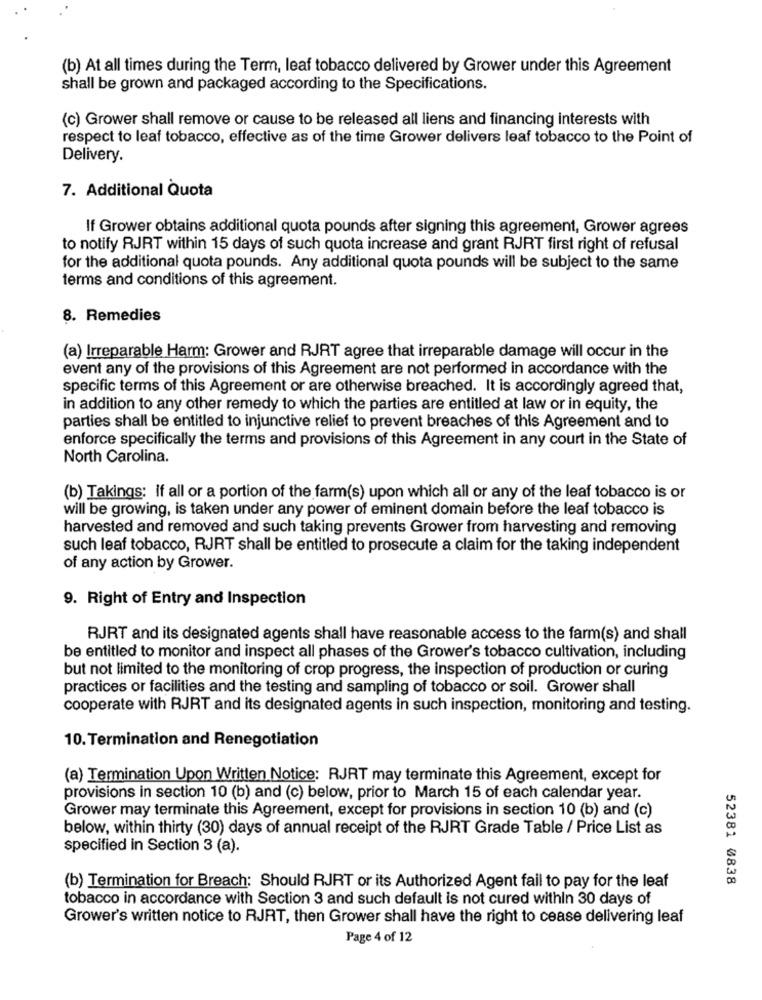
(b) At all times during the Term, leaf tobacco delivered by Grower under this Agreement
shall be grown and packaged according to the Specifications.
(c) Grower shall remove or cause to be released all liens and financing interests with
respect to leaf tobacco, effective as of the time Grower delivers leaf tobacco to the Point of
Delivery.
7. Additional Quota
If Grower obtains additional quota pounds after signing this agreement, Grower agrees
to notify RJRT within 15 days of such quota increase and grant RJRT first right of refusal
for the additional quota pounds. Any additional quota pounds will be subject to the same
terms and conditions of this agreement.
8. Remedies
(a) Irreparable Harm: Grower and RJRT agree that irreparable damage will occur in the
event any of the provisions of this Agreement are not performed in accordance with the
specific terms of this Agreement or are otherwise breached. It is accordingly agreed that,
in addition to any other remedy to which the parties are entitled at law or in equity, the
parties shall be entitled to injunctive relief to prevent breaches of this Agreement and to
enforce specifically the terms and provisions of this Agreement in any court in the State of
North Carolina.
(b) Takings: If all or a portion of the farm(s) upon which all or any of the leaf tobacco is or
will be growing, is taken under any power of eminent domain before the leaf tobacco is
harvested and removed and such taking prevents Grower from harvesting and removing
such leaf tobacco, RJRT shall be entitled to prosecute a claim for the taking independent
of any action by Grower.
9. Right of Entry and Inspection
RJRT and its designated agents shall have reasonable access to the farm(s) and shall
be entitled to monitor and inspect all phases of the Grower's tobacco cultivation, including
but not limited to the monitoring of crop progress, the inspection of production or curing
practices or facilities and the testing and sampling of tobacco or soil. Grower shall
cooperate with RJRT and its designated agents in such inspection, monitoring and testing.
10. Termination and Renegotiation
(a) Termination Upon Written Notice: RJRT may terminate this Agreement, except for
provisions in section 10 (b) and (c) below, prior to March 15 of each calendar year.
Grower may terminate this Agreement, except for provisions in section 10 (b) and (c)
below, within thirty (30) days of annual receipt of the RJRT Grade Table / Price List as
specified in Section 3 (a).
52381 0838
(b) Termination for Breach: Should RJRT or its Authorized Agent fail to pay for the leaf
tobacco in accordance with Section 3 and such default is not cured within 30 days of
Grower's written notice to RJRT, then Grower shall have the right to cease delivering leaf
Page 4 of 12